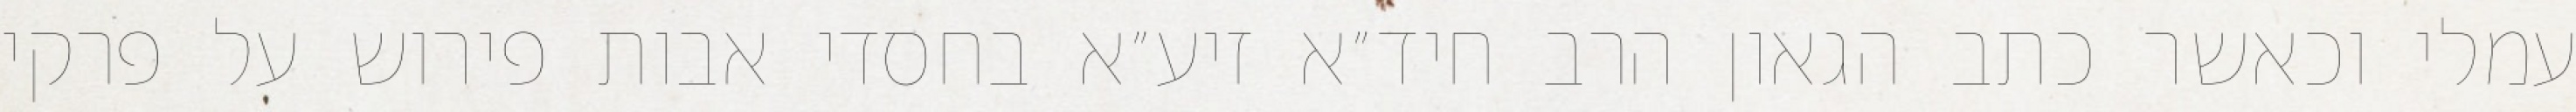
עמלי וכאשר כתב הגאון הרב חיד״א זיע״א בחסדי אבות פירוש על פרקי